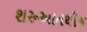
શરૂઆતથીજ